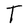
Character: T